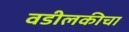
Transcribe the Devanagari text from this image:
वडीलकीचा